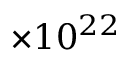
\times 1 0 ^ { 2 2 }